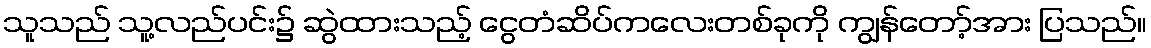
သူသည် သူ့လည်ပင်း၌ ဆွဲထားသည့် ငွေတံဆိပ်ကလေးတစ်ခုကို ကျွန်တော့်အား ပြသည်။